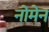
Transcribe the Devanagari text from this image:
नोमेन